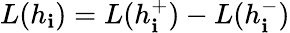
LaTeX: L(h_{\mathbf{i}})=L(h_{\mathbf{i}}^{+})-L(h_{\mathbf{i}}^{-})